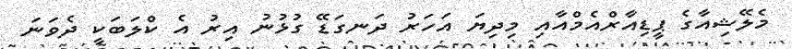
މެލޭޝިއާގެ ޕީޑިއާރްއެމްއާއި މިދިޔަ އަހަރު ދަނގަޑޭ ގުޅުނު އިރު އެ ކްލަބަކީ ދެވަނަ